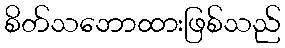
စိတ်သဘောထားဖြစ်သည်